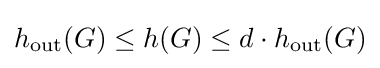
h_{\text{out}}(G)\leq h(G)\leq d\cdot h_{\text{out}}(G)